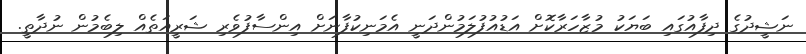
ނަޝީދުގެ ދިފާއުގައި ބަޔަކު މުޒާހަރާކޮށް އަޑުއުފުލަމުންދަނީ އެމަނިކުފާނަށް އިންސާފުވެރި ޝަރީއަތެއް ލިބެމުން ނުދާތީ.